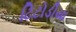
ટિટોડીયા